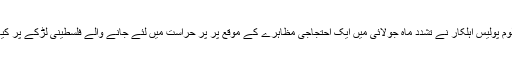
نامعلوم پولیس اہلکار نے تشدد ماہ جولائی میں ایک احتجاجی مظاہرے کے موقع پر پر حراست میں لئے جانے والے فلسطینی لڑکے پر کیا تھا۔